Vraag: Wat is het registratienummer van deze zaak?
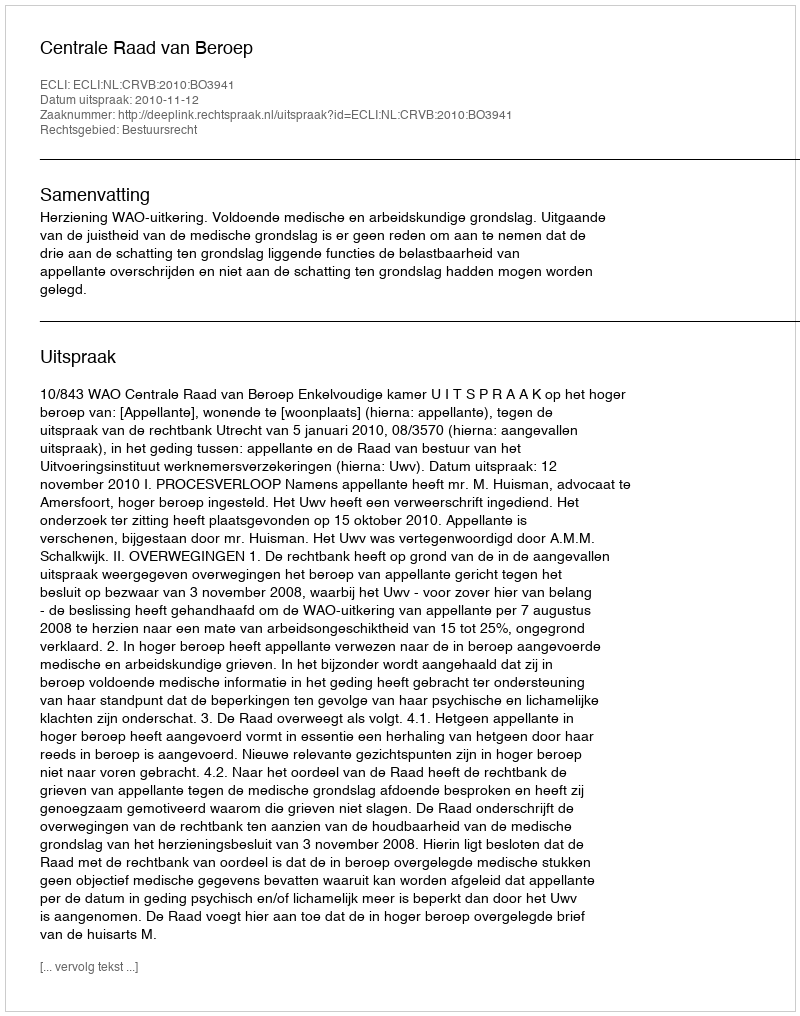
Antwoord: http://deeplink.rechtspraak.nl/uitspraak?id=ECLI:NL:CRVB:2010:BO3941